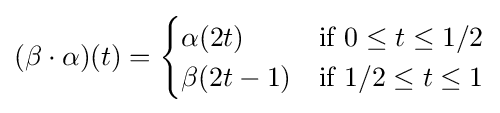
(\beta \cdot \alpha )(t)={\begin{cases}\alpha (2t)&{\text{if }}0\leq t\leq 1/2\\\beta (2t-1)&{\text{if }}1/2\leq t\leq 1\\\end{cases}}